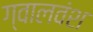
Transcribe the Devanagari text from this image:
ग्वालवंश